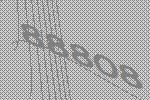
88808